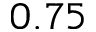
0 . 7 5